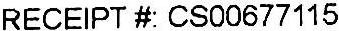
RECEIPT #: CS00677115